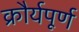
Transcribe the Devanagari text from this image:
क्रौर्यपूर्ण